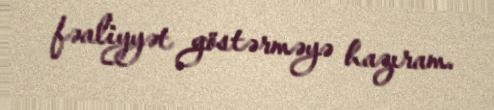
fəaliyyət göstərməyə hazıram.